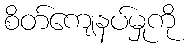
စိတ်ကျေနပ်မှုကို